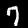
Digit: 7